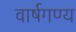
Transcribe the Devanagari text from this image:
वार्षगण्य